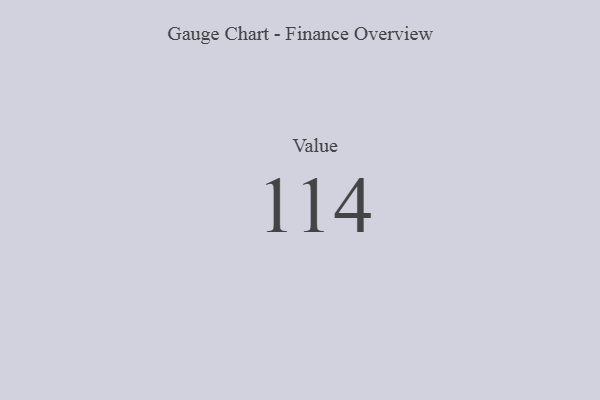
{"axis": {"x": "Metric", "y": "Value"}, "legend": [""], "data": [{"x": "Value", "y": 114, "type": ""}]}